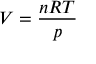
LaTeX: V = { \frac { n R T } { p } }